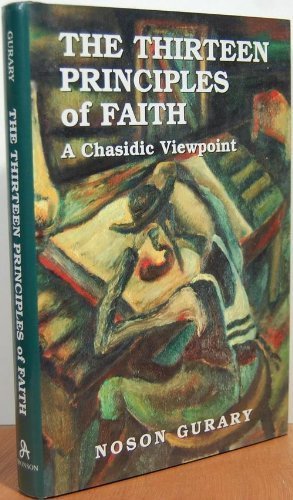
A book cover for The Thirteen Principles of Faith: A Chasidic Viewpoint; Noson Gurary; Religion & Spirituality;